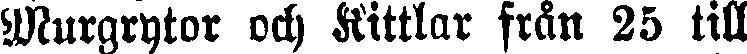
Murgrytor och Kittlar från 25 till